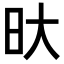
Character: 𭥏